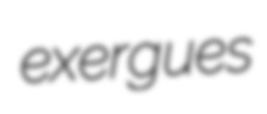
exergues